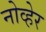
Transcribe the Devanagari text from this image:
नोव्हेर